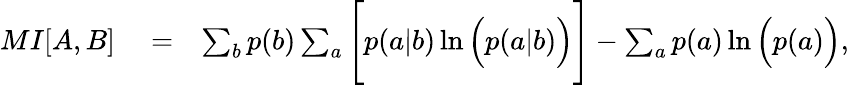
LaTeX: \begin{array}{rlr}{{MI}[A,B]}&{{}=}&{\sum_{b}p(b)\sum_{a}\Bigg[p(a|b)\ln\Big(p(a|b)\Big)\Bigg]-\sum_{a}p(a)\ln\Big(p(a)\Big),}\end{array}